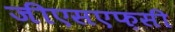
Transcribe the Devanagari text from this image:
जीएसएफ़सी